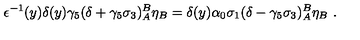
\epsilon ^ { - 1 } ( y ) \delta ( y ) \gamma _ { 5 } ( \delta + \gamma _ { 5 } \sigma _ { 3 } ) _ { A } ^ { B } \eta _ { B } = \delta ( y ) \alpha _ { 0 } \sigma _ { 1 } ( \delta - \gamma _ { 5 } \sigma _ { 3 } ) _ { A } ^ { B } \eta _ { B } \ .